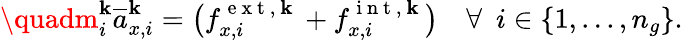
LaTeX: \quadm_{i}^{\mathbf{k}}\overline{{{a}}}_{x,i}^{\mathbf{k}}=\big(f_{x,i}^{\mathrm{{~e~x~t~,~\mathbf{k}~}}}+f_{x,i}^{\mathrm{{~i~n~t~,~\mathbf{k}~}}}\big)\mathrm{{~\ \ \ }}\forall\mathrm{{~\ }}i\in\{ 1,...,n_{g}\} .